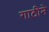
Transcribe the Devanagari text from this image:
गाठीने